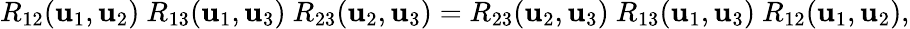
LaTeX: R_{12}(\mathbf{u}_{1},\mathbf{u}_{2})\ R_{13}(\mathbf{u}_{1},\mathbf{u}_{3})\ R_{23}(\mathbf{u}_{2},\mathbf{u}_{3})=R_{23}(\mathbf{u}_{2},\mathbf{u}_{3})\ R_{13}(\mathbf{u}_{1},\mathbf{u}_{3})\ R_{12}(\mathbf{u}_{1},\mathbf{u}_{2}),